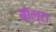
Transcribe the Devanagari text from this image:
बोल्टा